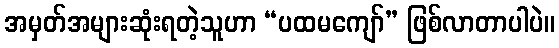
အမှတ်အများဆုံးရတဲ့သူဟာ “ပထမကျော်” ဖြစ်လာတာပါပဲ။